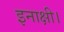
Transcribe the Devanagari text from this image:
इनाक्षी।